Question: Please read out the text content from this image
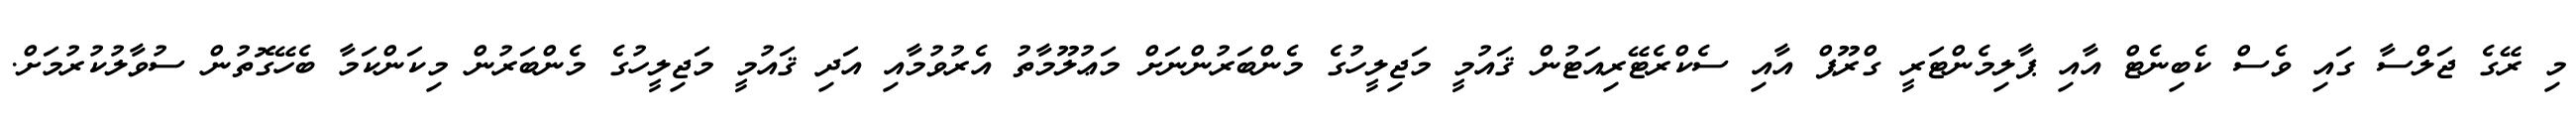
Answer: މި ރޭގެ ޖަލްސާ ގައި ވެސް ކެބިނެޓް އާއި ޕާލިމެންޓަރީ ގްރޫޕް އާއި ސެކްރެޓޭރިއަޓުން ޤައުމީ މަޖިލީހުގެ މެންބަރުންނަށް މަޢުލޫމާތު އެރުވުމާއި އަދި ޤައުމީ މަޖިލީހުގެ މެންބަރުން މިކަންކަމާ ބެހޭގޮތުން ސުވާލުކުރުމަށް.